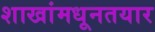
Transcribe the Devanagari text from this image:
शाखांमधूनतयार